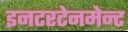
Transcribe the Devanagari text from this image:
इनटरटेनमेन्ट